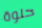
حلوة